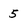
Character: 5